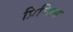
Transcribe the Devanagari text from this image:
प्रिन्सिस